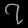
Digit: ၇